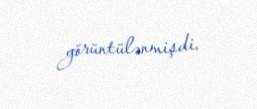
görüntülənmişdi.